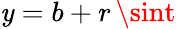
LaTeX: \mathit{y}=b+r\, \sint\,